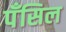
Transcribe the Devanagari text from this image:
पॅंसिल